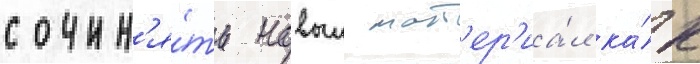
сочин'я́ть новыи мат'ер'иа́л ка́к